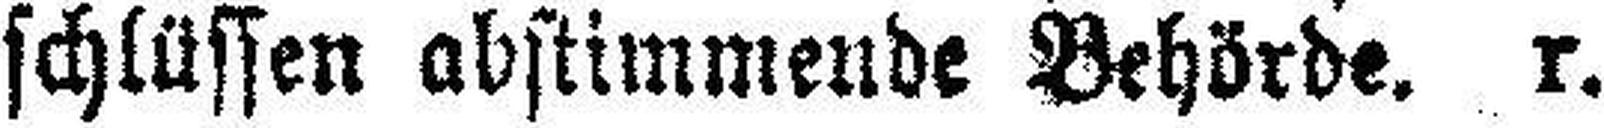
schlüssen abstimmende Behörde. r.